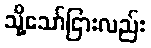
သို့သော်ငြားလည်း